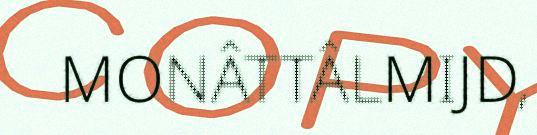
MONÂTTÂLMIJD,